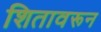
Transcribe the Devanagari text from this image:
शितावरून